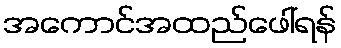
အကောင်အထည်ဖေါ်ရန်